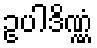
ဥပါဒိဏ္ဏံ